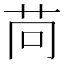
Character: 苘